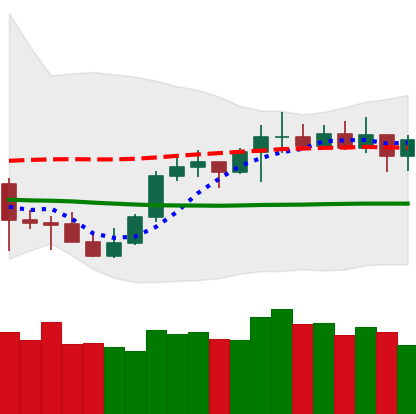
Ticker: LTC-USD
Chart end date: 2021-10-13
Forward return: 4.464%
Label: up_3_5